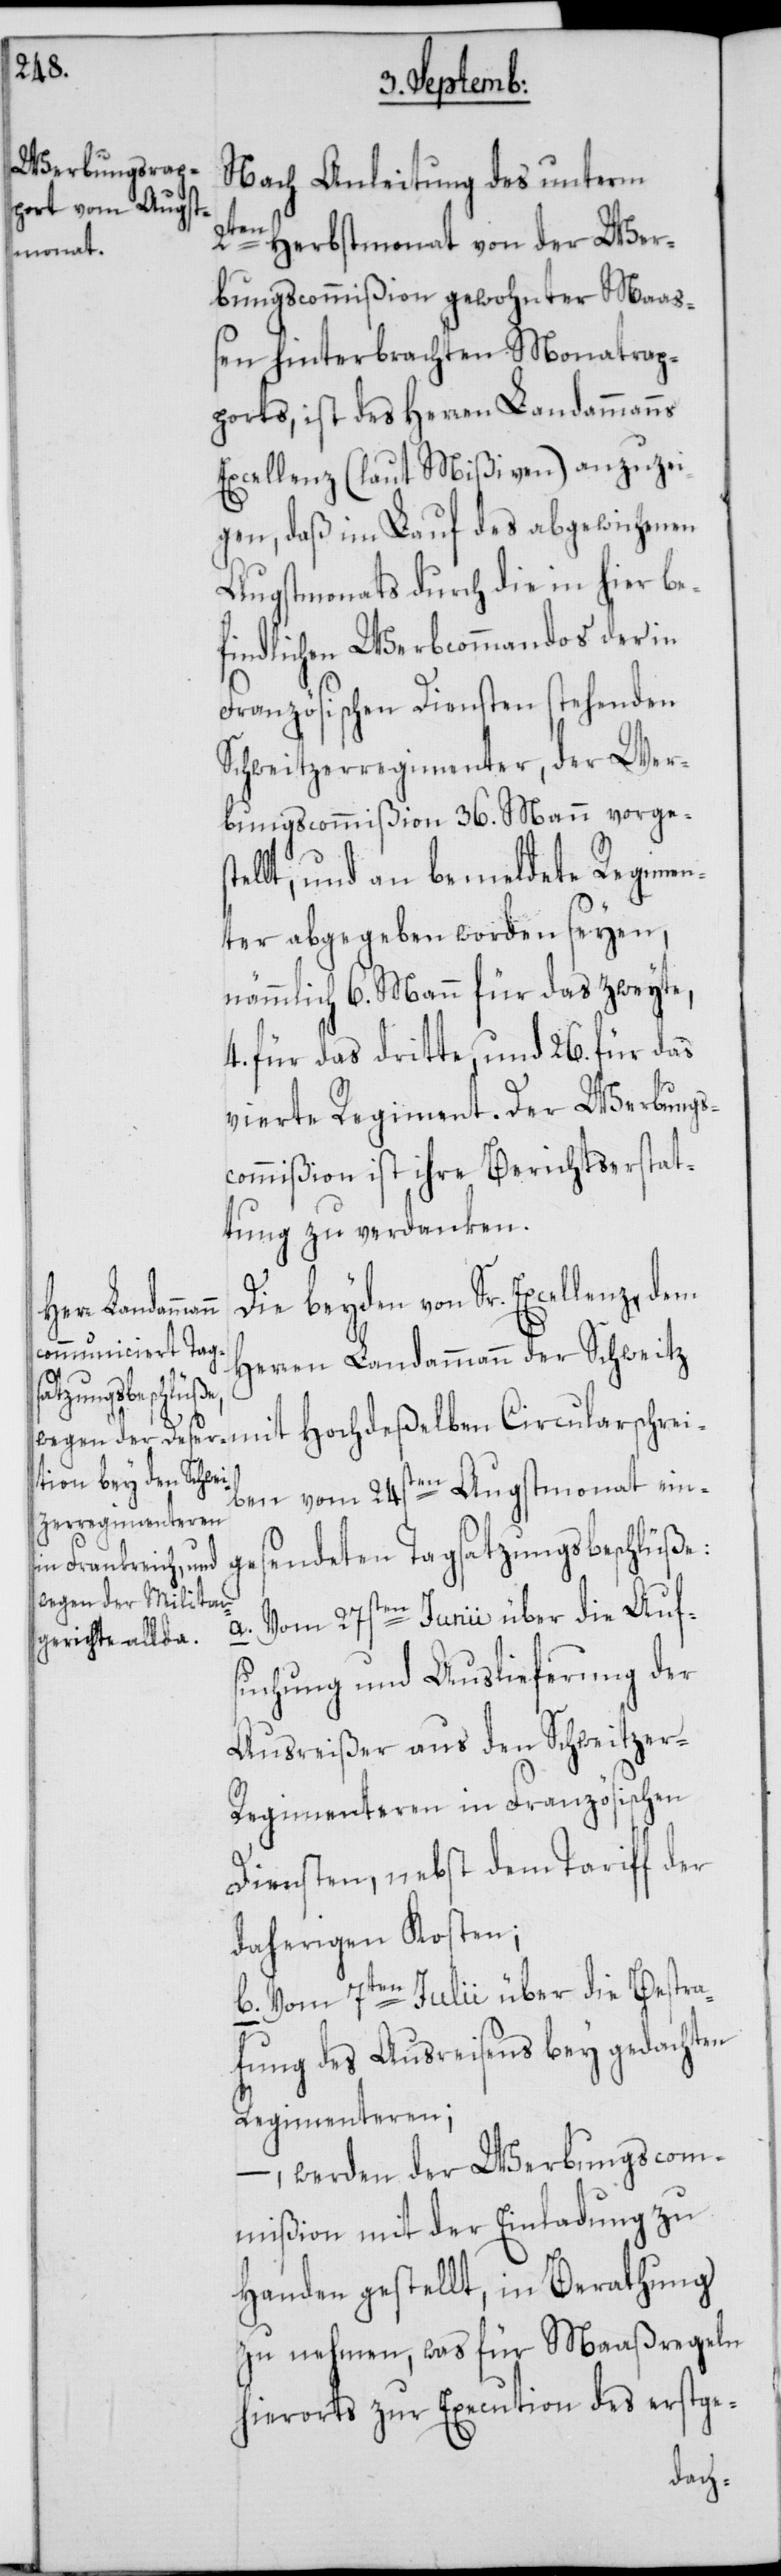
lenz, dem

Nach Anleitung des unterm
2ten Herbstmonat von der Wer¬
bungscommißion gewohnter Maaß¬
en hinterbrachten Monatrap¬
ports, ist des Herren Landammanns
Excellenz (laut Mißiven) anzuzei¬
gen, daß im Lauf des abgewichenen
Augstmonats durch die in hier be¬
findlichen Werbcommandos der in
Französischen Diensten stehenden
Schweitzerregimenter, der Wer¬
bungscommißion 36. Mann vorge¬
lt, und an bemeldete Regimen¬
ter abgegeben worden seyen,
nämmlich 6. Mann für das zweyte,
4. für das dritte, und 26. für das
vierte Regiment. Der Werbungs¬
commißion ist ihre Berichtserstat¬
tung zu verdanken.
Die beyden von Sr. Excel¬
Herren Landammann der Schweitz
mit Hochdeßelben Circularschrei¬
ben vom 24sten Augstmonat ein¬
gesendeten Tagsatzungsbeschlüße:
a. Vom 27sten Junii über die Auf¬
suchung und Auslieferung der
Ausreißer aus den Schweitzer-R¬
egimenteren in Französischen
Diensten, nebst dem Tariff der
daherigen Kosten;
b. Vom 7ten Julii über die Bestra¬
fung des Ausreißens bey gedachten
Regimenteren;
–, werden der Werbungscom¬
mißion mit der Einladung zu
Handen gestellt, in Berathung
zu nehmen, was für Maaßregeln
hierorts zur Executon des erstge-